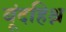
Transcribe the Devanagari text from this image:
बूंदहिश्न